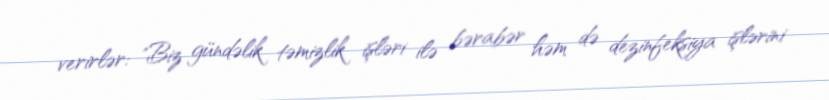
verirlər: "Biz gündəlik təmizlik işləri ilə bərabər həm də dezinfeksiya işlərini